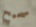
صحيح